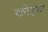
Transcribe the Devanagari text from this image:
कोहज